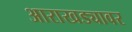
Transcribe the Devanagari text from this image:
आराखड्यावर